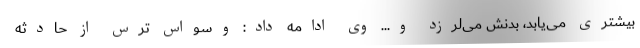
بیشتری می‌یابد، بدنش می‌لرزد و... وی ادامه داد: وسواس ترس از حادثه